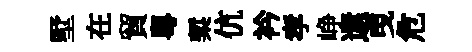
墅在貿粵槧伉衿孝峥還曳危